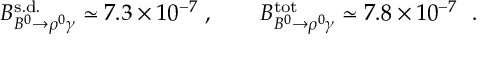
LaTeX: { \cal B } _ { B ^ { 0 } \to \rho ^ { 0 } \gamma } ^ { \mathrm { s . d . } } \simeq 7 . 3 \times 1 0 ^ { - 7 } \ , \qquad { \cal B } _ { B ^ { 0 } \to \rho ^ { 0 } \gamma } ^ { \mathrm { t o t } } \simeq 7 . 8 \times 1 0 ^ { - 7 } \ \ .